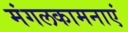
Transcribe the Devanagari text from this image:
मंगलकामनाएं